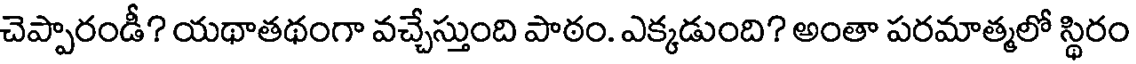
చెప్పారండీ? యథాతథంగా వచ్చేస్తుంది పాఠం. ఎక్కడుంది? అంతా పరమాత్మలో స్థిరం